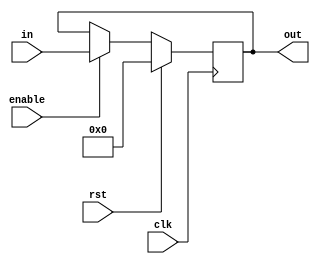
module register25bit(input [24:0] in, input clk, rst, enable, output reg [24:0] out);
	always@(posedge clk) begin
		if(rst)
			out <= 25'b0;
		else if(enable)
			out <= in;
	end
endmodule